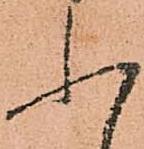
ふ